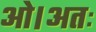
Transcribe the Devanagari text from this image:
ओ।अतः